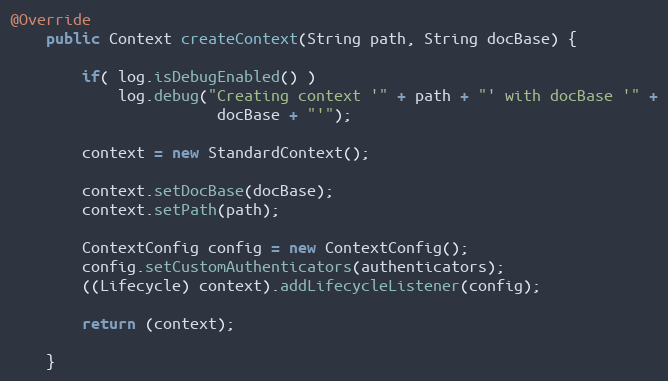
Language: Java
@Override
	public Context createContext(String path, String docBase) {

        if( log.isDebugEnabled() )
            log.debug("Creating context '" + path + "' with docBase '" +
                       docBase + "'");

        context = new StandardContext();

        context.setDocBase(docBase);
        context.setPath(path);

        ContextConfig config = new ContextConfig();
        config.setCustomAuthenticators(authenticators);
        ((Lifecycle) context).addLifecycleListener(config);

        return (context);

    }